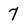
Character: 7